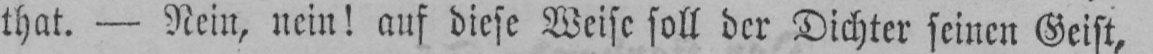
that. - Nein, nein! auf diese Weise soll der Dichter seinen Geist,